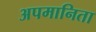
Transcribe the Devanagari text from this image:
अपमानिता